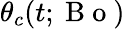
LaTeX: \theta_{c}(t;\mathrm{~B~o~})